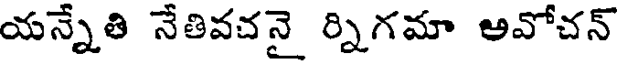
యన్నేతి నేతివచనై ర్నిగమా అవోచన్